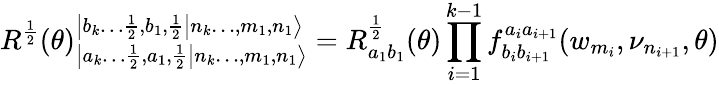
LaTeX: R^{\frac{1}{2}}(\theta)_{\left|\left.a_{k}\dots\frac{1}{2},a_{1},\frac{1}{2}\right|n_{k}\dots,m_{1},n_{1}\right\rangle}^{\left|\left.b_{k}\dots\frac{1}{2},b_{1},\frac{1}{2}\right|n_{k}\dots,m_{1},n_{1}\right\rangle}=R_{a_{1}b_{1}}^{\frac{1}{2}}(\theta)\prod_{i=1}^{k-1}f_{b_{i}b_{i+1}}^{a_{i}a_{i+1}}(w_{m_{i}},\nu_{n_{i+1}},\theta)